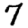
Digit: 7